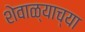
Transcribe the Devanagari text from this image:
शेवाळ्याच्या